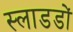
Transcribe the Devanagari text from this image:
स्लाडडों